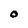
Character: O